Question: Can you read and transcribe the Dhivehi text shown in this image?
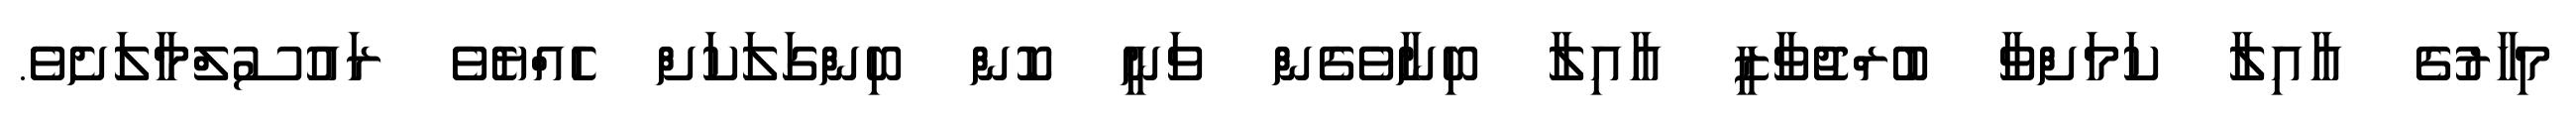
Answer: މިހާރުގެ އާއިލާ ކަމަށްވާ ބުރްޖުވާޒީ އާއިލާ ބިނާވެގެން ވަނީ ކޮން ބިންގަލަކަށް ހެއްޔެވެ ރައުސުލްމާލަށެވެ.